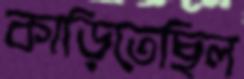
কাড়িতেছিল